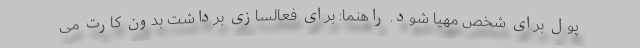
پول برای شخص مهیا شود. راهنما: برای فعالسازی برداشت بدون کارت می